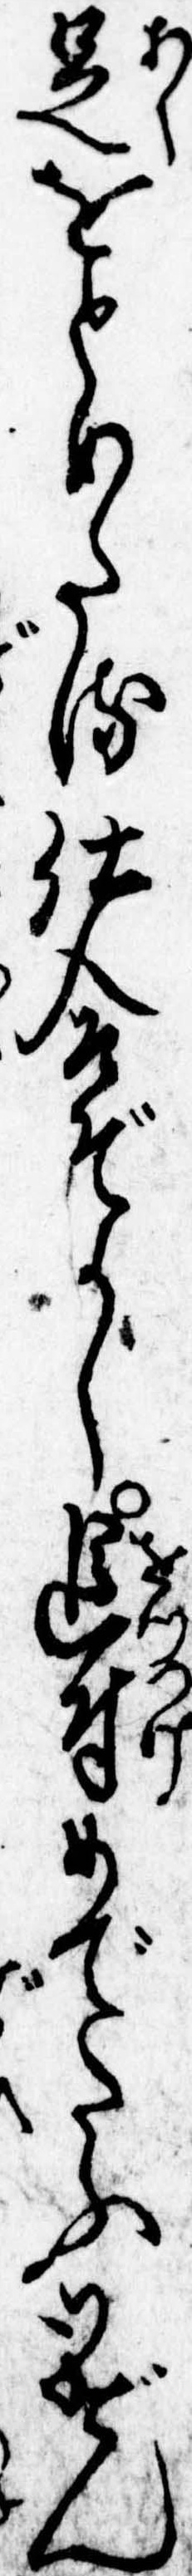
足をとめたる仕合ぞかし追付めでたふ御げん